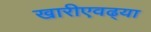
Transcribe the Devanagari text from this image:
खारीएवढ्या